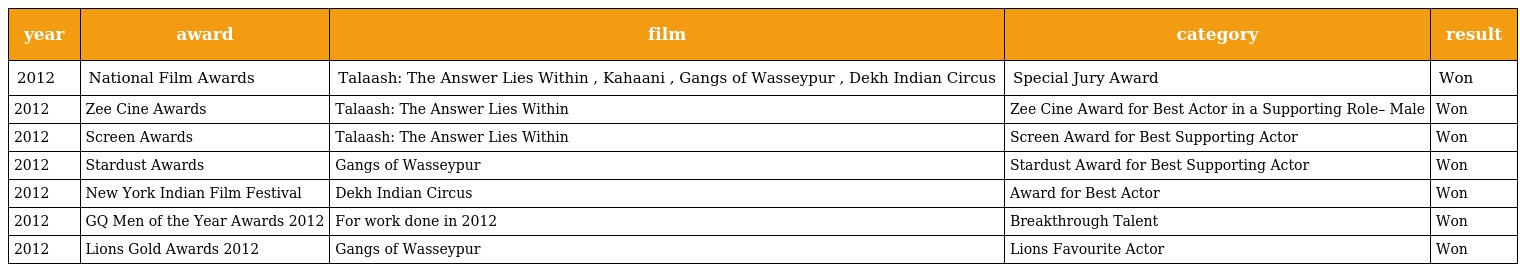
| year | award | film | category | result |
 | --- | --- | --- | --- | --- |
 | 2012 | National Film Awards | Talaash: The Answer Lies Within , Kahaani , Gangs of Wasseypur , Dekh Indian Circus | Special Jury Award | Won |
 | 2012 | Zee Cine Awards | Talaash: The Answer Lies Within | Zee Cine Award for Best Actor in a Supporting Role– Male | Won |
 | 2012 | Screen Awards | Talaash: The Answer Lies Within | Screen Award for Best Supporting Actor | Won |
 | 2012 | Stardust Awards | Gangs of Wasseypur | Stardust Award for Best Supporting Actor | Won |
 | 2012 | New York Indian Film Festival | Dekh Indian Circus | Award for Best Actor | Won |
 | 2012 | GQ Men of the Year Awards 2012 | For work done in 2012 | Breakthrough Talent | Won |
 | 2012 | Lions Gold Awards 2012 | Gangs of Wasseypur | Lions Favourite Actor | Won |